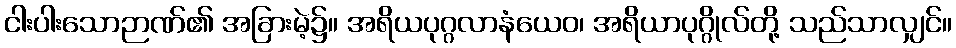
ငါးပါးသောဉာဏ်၏ အခြားမဲ့၌။ အရိယပုဂ္ဂလာနံယေဝ၊ အရိယာပုဂ္ဂိုလ်တို့ သည်သာလျှင်။